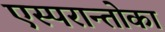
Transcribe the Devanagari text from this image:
एस्परान्तोका